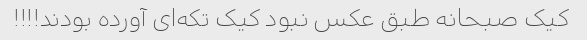
کیک صبحانه طبق عکس نبود کیک تکه‌ای آورده بودند!!!!